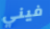
فيني